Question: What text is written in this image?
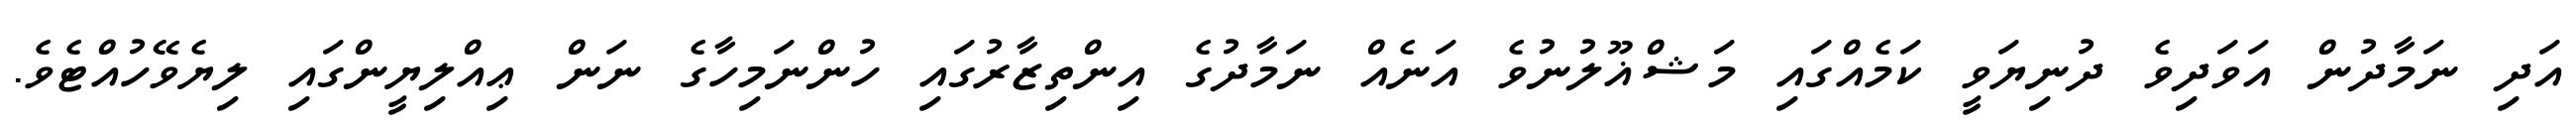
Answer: އަދި ނަމާދުން އަވަދިވެ ދުނިޔަވީ ކަމެއްގައި މަޝްޣޫލުނުވެ އަނެއް ނަމާދުގެ އިންތިޒާރުގައި ހުންނަމިހާގެ ނަން ޢިއްލިޔީންގައި ލިޔެވޭހުއްޓެވެ.